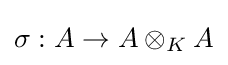
\sigma :A\to A\otimes _{K}A